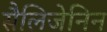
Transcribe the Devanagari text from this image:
सैलिजेनिन